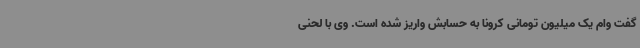
گفت وام یک میلیون تومانی کرونا به حسابش واریز شده است. وی با لحنی